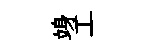
竧工